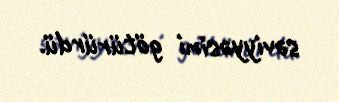
səviyyəsini götürürdü.